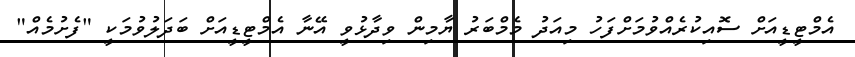
އެމްޓީޑީއަށް ސޮއިކުރެއްވުމަށްފަހު މިއަދު މެމްބަރު ޔާމިން ވިދާޅުވީ އޭނާ އެމްޓީޑީއަށް ބަދަލުވުމަކީ "ފެށުމެއް"